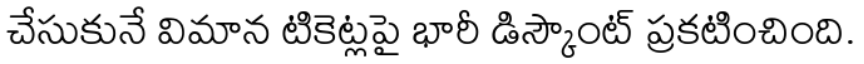
చేసుకునే విమాన టికెట్లపై భారీ డిస్కౌంట్ ప్రకటించింది.